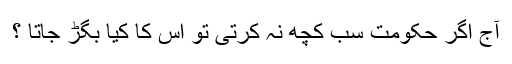
آج اگر حکومت سب کچھ نہ کرتی تو اِس کا کیا بگڑ جاتا ؟